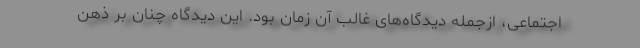
اجتماعی، ازجمله دیدگاه‌های غالب آن زمان بود. این دیدگاه چنان بر ذهن